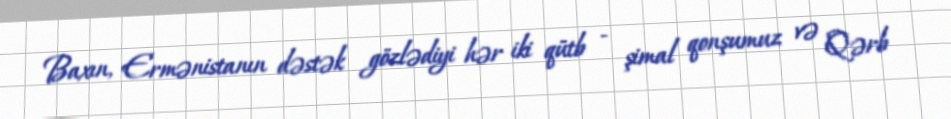
Baxın, Ermənistanın dəstək gözlədiyi hər iki qütb - şimal qonşumuz və Qərb